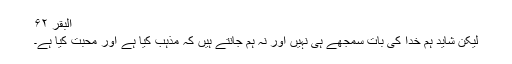
البقر ۶۲
لیکن شاید ہم خُدا کی بات سمجھے ہی نہیں اور نہ ہم جانتے ہیں کہ مذہب کیا ہے اور محبت کیا ہے۔